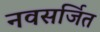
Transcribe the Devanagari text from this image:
नवसर्जित